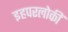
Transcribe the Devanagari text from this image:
इहपरलोकीं